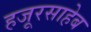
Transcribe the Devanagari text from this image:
हजूरसाहेब